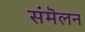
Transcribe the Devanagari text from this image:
संमॆलन